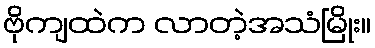
ဗိုကျထဲက လာတဲ့အသံမြိုး။